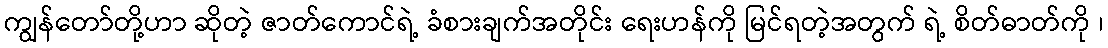
ကျွန်တော်တို့ဟာ ဆိုတဲ့ ဇာတ်ကောင်ရဲ့ ခံစားချက်အတိုင်း ရေးဟန်ကို မြင်ရတဲ့အတွက် ရဲ့ စိတ်ဓာတ်ကို ၊